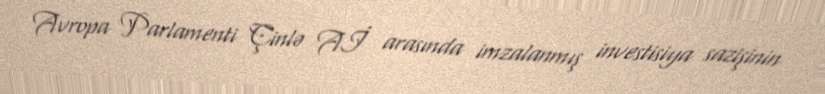
Avropa Parlamenti Çinlə Aİ arasında imzalanmış investisiya sazişinin